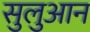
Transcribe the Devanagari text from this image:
सुलुआन